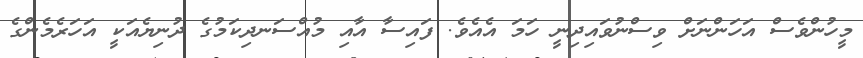
މީހުންވެސް އަހަންނަށް ވިސްނުވައިދިނީ ހަމަ އެއެވެ. ފައިސާ އާއި މުއްސަނދިކަމުގެ ދުނިޔެއަކީ އަހަރެމެންގެ